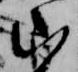
山